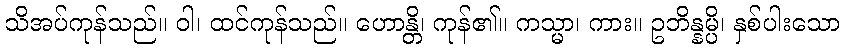
သိအပ်ကုန်သည်။ ဝါ၊ ထင်ကုန်သည်။ ဟောန္တိ၊ ကုန်၏။ ကသ္မာ၊ ကား။ ဥဘိန္နမ္ပိ၊ နှစ်ပါးသော